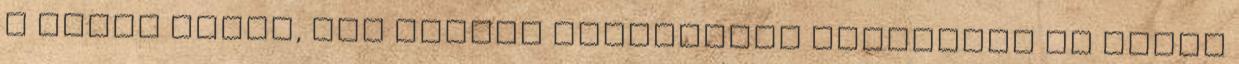
a folyó előtt, ami enyhén szakadékos partjával és sötét